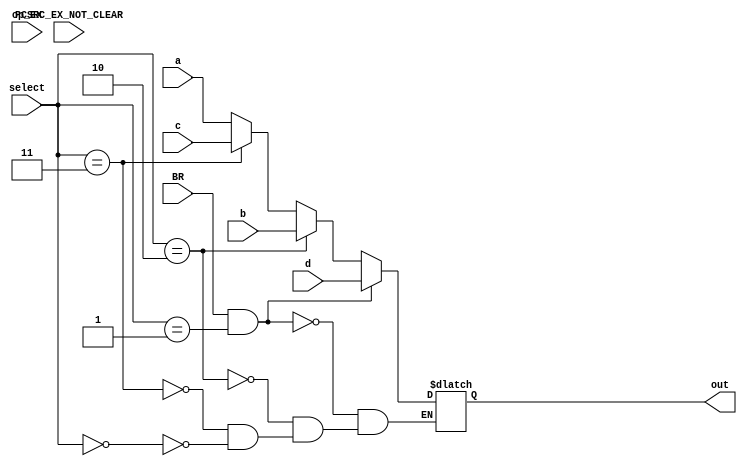
`timescale 1ns / 1ps
//////////////////////////////////////////////////////////////////////////////////
// Company: 
// Engineer: 
// 
// Design Name: 
// Module Name: updatePC
// Project Name: 
// Target Devices: 
// Tool Versions: 
// Description: 
// 
// Dependencies: 
// 
// Revision:
// Revision 0.01 - File Created
// Additional Comments:
// 
//////////////////////////////////////////////////////////////////////////////////


module data_select_32_3(
    input [31:0] a,
    input [31:0] b,
    input [31:0] c,
    input [31:0] d,
    input BR,
    input [5:0] op_EX,
    input [1:0] select,
    input [1:0] PCSRC_EX_NOT_CLEAR,
    output reg [31:0] out
    //output reg keep
    );
    
    parameter HALT = 6'b111111;
    
    always@(*)
    begin
       if(BR && select==2'b01) begin
           // keep <= 1'b0;
            out <= d;
       end
       else if(select==2'b10) begin
           // keep <= 1'b0;
            out <= b;
       end
       else if(select==2'b11) begin
           // keep <= 1'b0;
            out <= c;
        end
        else if(select==2'b00 /*&& op_EX==HALT*/) begin
            out <= a;
           
             
        end
       /* else if(select==2'b00 && op_EX!=HALT)begin
             out <= a;  
             keep <= 1'b0;
        end   */
    end      
endmodule